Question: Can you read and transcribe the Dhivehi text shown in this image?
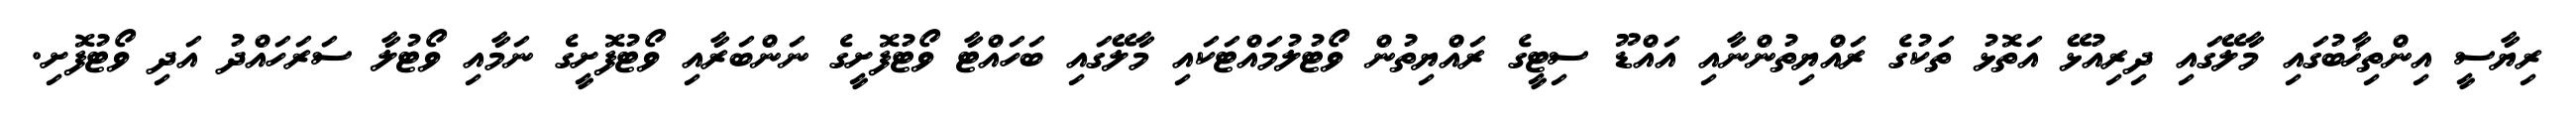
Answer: ރިޔާސީ އިންތިޚާބުގައި މާލޭގައި ދިރިއުޅޭ އަތޮޅު ތަކުގެ ރައްޔިތުންނާއި އައްޑޫ ސިޓީގެ ރައްޔިތުން ވޯޓުލުމައްޓަކައި މާލޭގައި ބަހައްޓާ ވޯޓުފޮށީގެ ނަންބަރާއި ވޯޓުފޮށީގެ ނަމާއި ވޯޓުލާ ސަރަހައްދު އަދި ވޯޓުފޮށި.